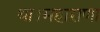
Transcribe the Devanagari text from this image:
था।महाराणा